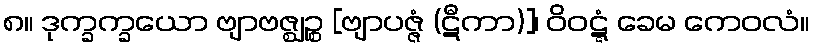
၈။ ဒုက္ခက္ခယော ဗျာဗဇ္ဈဉ္စ [ဗျာပဇ္ဇံ (ဋီကာ)]၊ ဝိဝဋ္ဋံ ခေမ ကေဝလံ။